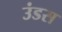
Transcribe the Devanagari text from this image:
उंडस